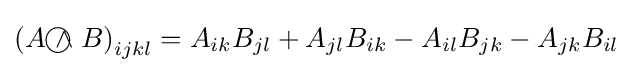
\left(A{~\wedge \!\!\!\!\!\!\!\!\;\bigcirc ~}B\right)_{ijkl}=A_{ik}B_{jl}+A_{jl}B_{ik}-A_{il}B_{jk}-A_{jk}B_{il}